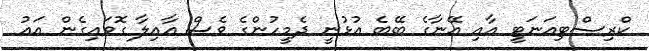
ކްރިސްޓިއަނަޓީ އާއި އޭނާގެ ބޭބެ އުޅުނީ ދެމީހުންގެ ވެސް އާއިލާ ގޮވައިގެން އައު